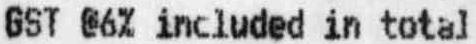
GST @6% INCLUDED IN TOTAL